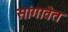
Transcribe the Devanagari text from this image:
सांगावेत